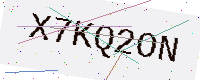
Text: X7KQ2ON